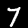
Digit: 7